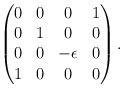
LaTeX: \begin{align*}\begin{pmatrix}0&0&0&1\\0&1&0&0\\0&0&-\epsilon &0\\1&0&0&0\end{pmatrix}. \end{align*}